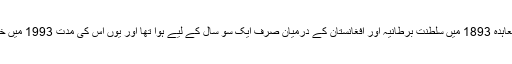
اول : یہ معاہدہ 1893 میں سلطنت برطانیہ اور افغانستان کے درمیان صرف ایک سو سال کے لیے ہوا تھا اور یوں اس کی مدت 1993 میں ختم ہو گئی۔